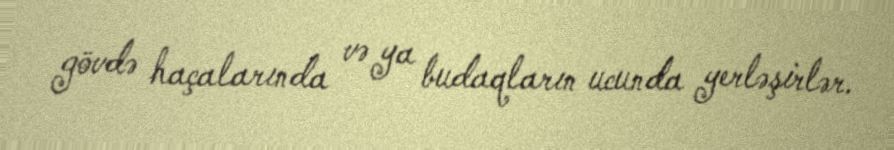
gövdə haçalarında və ya budaqların ucunda yerləşirlər.